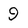
Character: 9